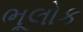
ભૂલોક